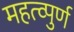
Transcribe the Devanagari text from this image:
महत्व्पुर्ण